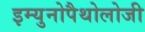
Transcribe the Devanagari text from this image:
इम्युनोपैथोलोजी